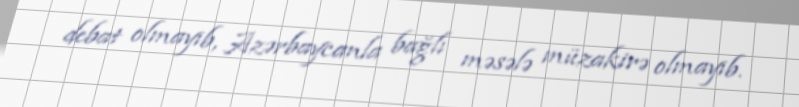
debat olmayıb, Azərbaycanla bağlı məsələ müzakirə olmayıb.